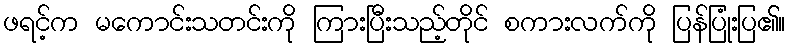
ဖရင့်က မကောင်းသတင်းကို ကြားပြီးသည့်တိုင် စကားလက်ကို ပြန်ပြုံးပြ၏။